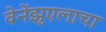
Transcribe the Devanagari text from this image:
वेनेंझुएलाचा